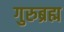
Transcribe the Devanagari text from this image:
गुरुब्रह्म